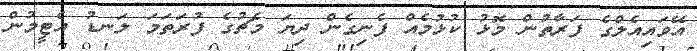
އޭވައިއެލްގެ ފަރާތުން މޮޅު ކުޅުމެއް ފެނިގެން ދިޔަ މެޗުގެ ފުރަތަމަ ލަނޑު އެޓީމުން